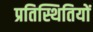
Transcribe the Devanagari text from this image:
प्रतिस्थितियों